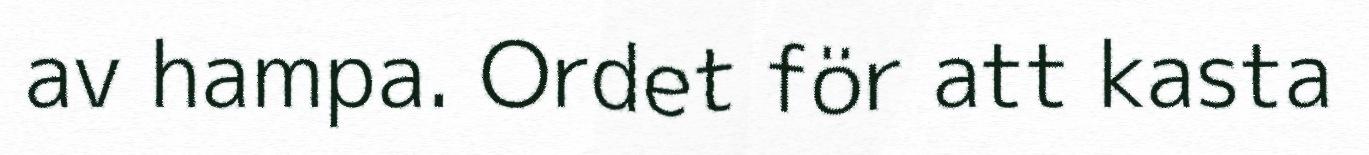
av hampa. Ordet för att kasta